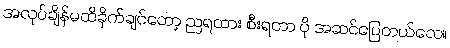
အလုပ်ချိန်မထိခိုက်ချင်တော့ ညရထား စီးရတာ ပို အဆင်ပြေတယ်လေ။